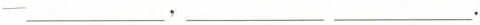
一___,___ ___.